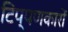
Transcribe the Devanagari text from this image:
टिप्पणकारों